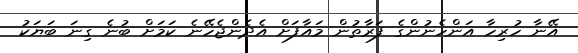
އޭނާ ހުރިހާ އަންހެނުންގެ ފަރާތުން މައާފަށް އެދެންޖެހޭނެ ކަމަށް ބުނެ ގިނަ ބަޔަކު